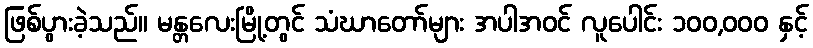
ဖြစ်ပွားခဲ့သည်။ မန္တလေးမြို့တွင် သံဃာတော်များ အပါအဝင် လူပေါင်း ၁၀၀,၀၀၀ နှင့်